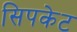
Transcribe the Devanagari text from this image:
सिपकेट